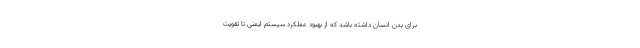
برای بدن انسان داشته باشد که از بهبود عملکرد سیستم ایمنی تا تقویت